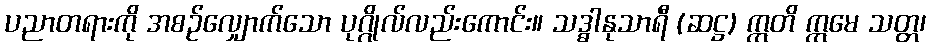
ပညာတရားကို အစဉ်လျှောက်သော ပုဂ္ဂိုလ်လည်းကောင်း။ သဒ္ဓါနုသာရီ (ဆဋ္ဌ) ဣတိ ဣမေ သတ္တ၊